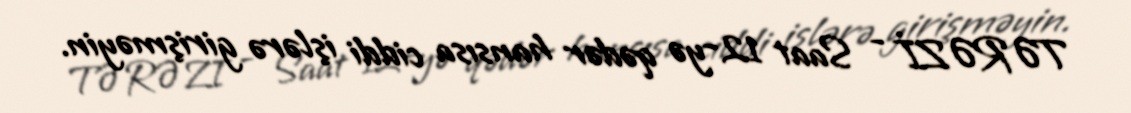
TƏRƏZİ - Saat 12-yə qədər hansısa ciddi işlərə girişməyin.